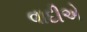
વાદીએ